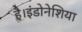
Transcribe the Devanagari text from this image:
है।इंडोनेशिया